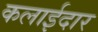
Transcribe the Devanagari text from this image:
कलाईदार